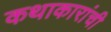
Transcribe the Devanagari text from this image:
कथाकारांची